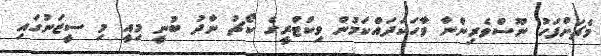
މެޗަށްފަހު ނޫސްވެރިންނާ ވާހަކަދައްކަމުން ވިކްޓްރީގެ ކޯޗު ނާދު ބުނީ މިއީ މި ސީޒަނުގައި